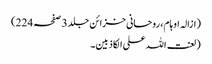
(ازالہ اوہام، روحانی خزائن جلد 3 صفحہ 224)
(لعنت اللہ علی الکاذبین۔